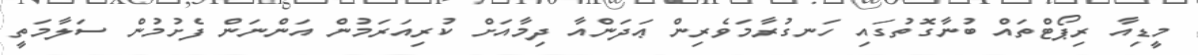
މީޑިއާ ރިޕޯޓްތައް ބުނާގޮތުގައި ހަނގުރާމަވެރިން ޢަދަންއާ ދިމާއަށް ކުރިއަރަމުން އަންނަން ފެށުމުން ސަލާމަތީ